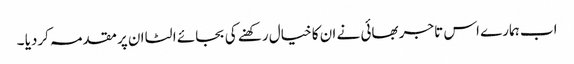
اب ہمارے اس تاجر بھائی نے ان کا خیال رکھنے کی بجائے الٹا ان پر مقدمہ کردیا ۔